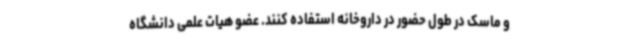
و ماسک در طول حضور در داروخانه استفاده کنند. عضو هیات علمی دانشگاه